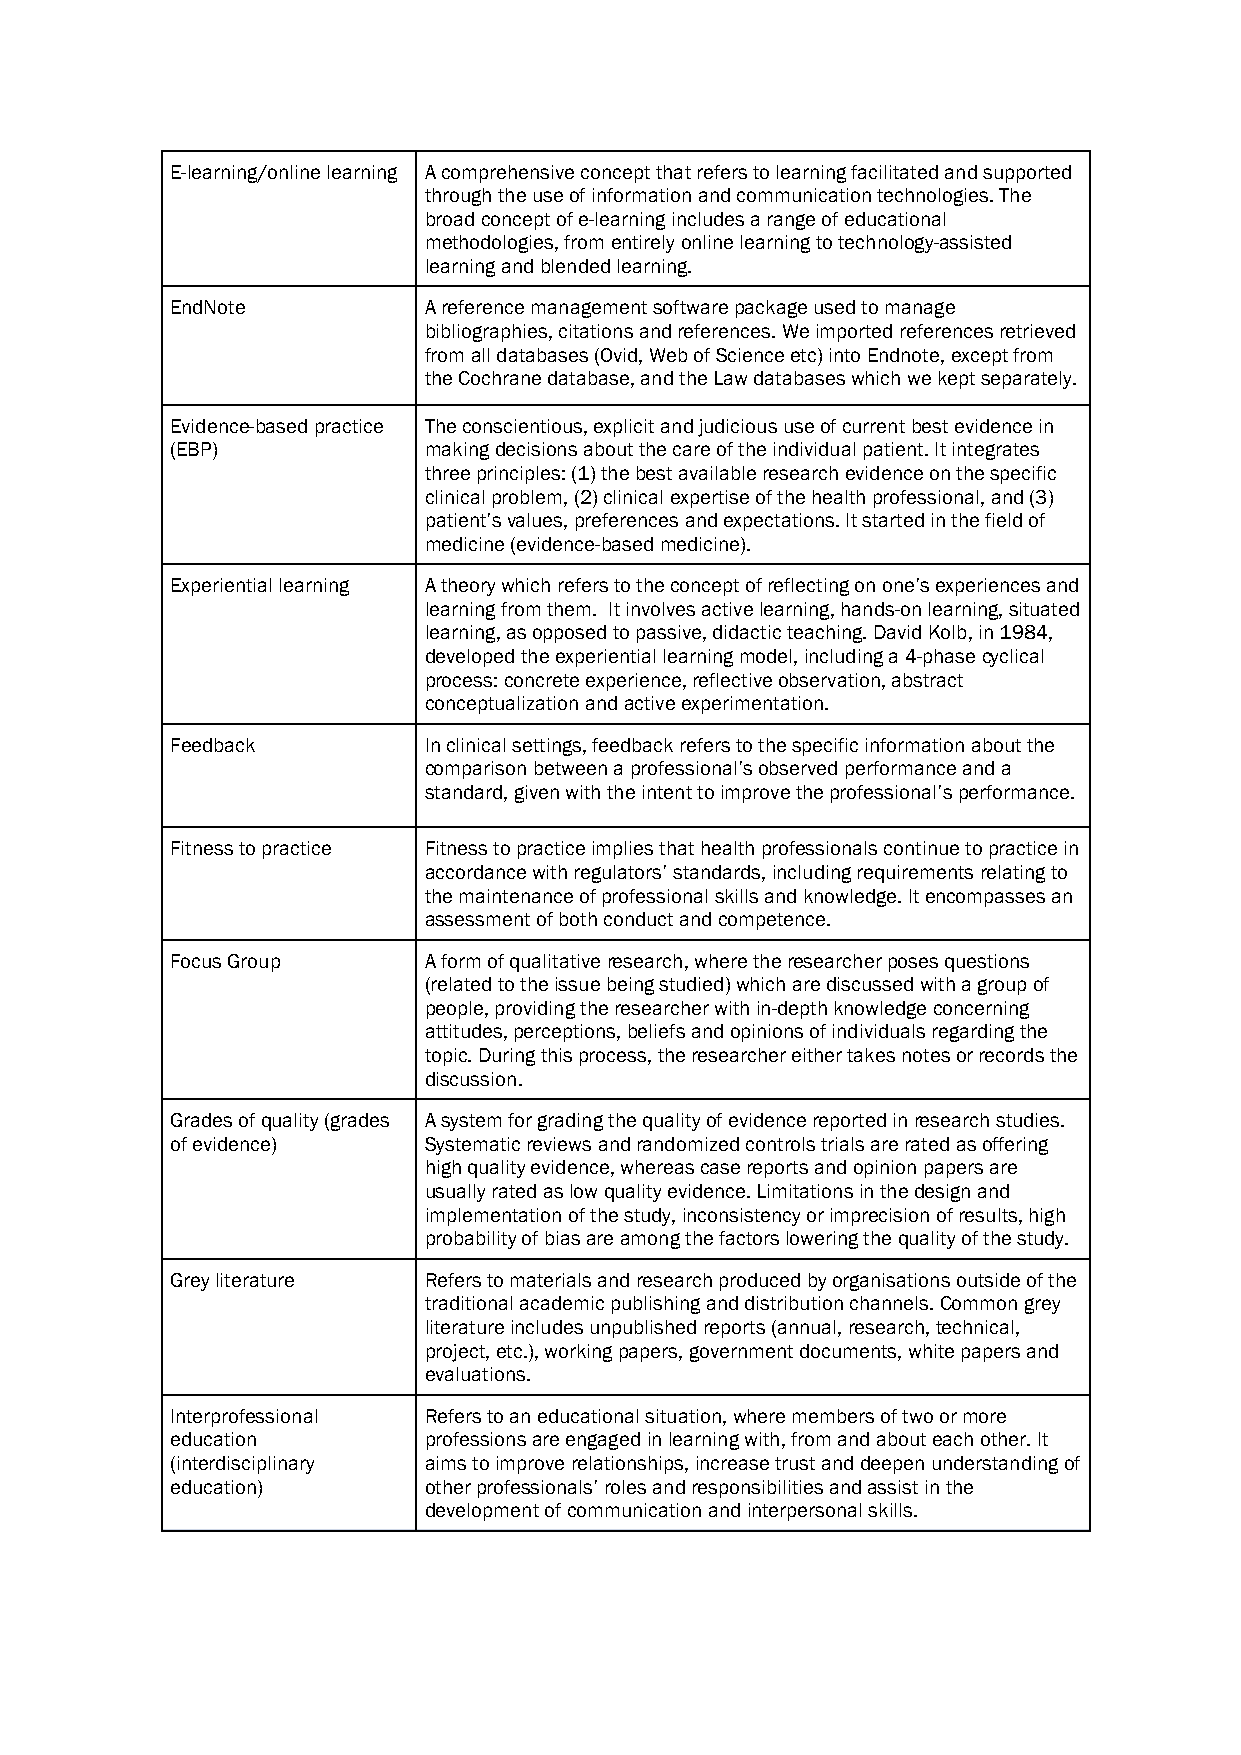
E-learning/online learning A comprehensive concept that refers to learning facilitated and supported
 through the use of information and communication technologies. The
 broad concept of e-learning includes a range of educational
 methodologies, from entirely online learning to technology-assisted
 learning and blended learning.
 EndNote          A reference management software package used to manage
 bibliographies, citations and references. We imported references retrieved
 from all databases (Ovid, Web of Science etc) into Endnote, except from
 the Cochrane database, and the Law databases which we kept separately.
 Evidence-based practice The conscientious, explicit and judicious use of current best evidence in
 (EBP)            making decisions about the care of the individual patient. It integrates
 three principles: (1) the best available research evidence on the specific
 clinical problem, (2) clinical expertise of the health professional, and (3)
 patient’s values, preferences and expectations. It started in the field of
 medicine (evidence-based medicine).
 Experiential learning A theory which refers to the concept of reflecting on one’s experiences and
 learning from them. It involves active learning, hands-on learning, situated
 learning, as opposed to passive, didactic teaching. David Kolb, in 1984,
 developed the experiential learning model, including a 4-phase cyclical
 process: concrete experience, reflective observation, abstract
 conceptualization and active experimentation.
 Feedback         In clinical settings, feedback refers to the specific information about the
 comparison between a professional’s observed performance and a
 standard, given with the intent to improve the professional’s performance.
 Fitness to practice Fitness to practice implies that health professionals continue to practice in
 accordance with regulators’ standards, including requirements relating to
 the maintenance of professional skills and knowledge. It encompasses an
 assessment of both conduct and competence.
 Focus Group      A form of qualitative research, where the researcher poses questions
 (related to the issue being studied) which are discussed with a group of
 people, providing the researcher with in-depth knowledge concerning
 attitudes, perceptions, beliefs and opinions of individuals regarding the
 topic. During this process, the researcher either takes notes or records the
 discussion.
 Grades of quality (grades A system for grading the quality of evidence reported in research studies.
 of evidence)     Systematic reviews and randomized controls trials are rated as offering
 high quality evidence, whereas case reports and opinion papers are
 usually rated as low quality evidence. Limitations in the design and
 implementation of the study, inconsistency or imprecision of results, high
 probability of bias are among the factors lowering the quality of the study.
 Grey literature  Refers to materials and research produced by organisations outside of the
 traditional academic publishing and distribution channels. Common grey
 literature includes unpublished reports (annual, research, technical,
 project, etc.), working papers, government documents, white papers and
 evaluations.
 Interprofessional Refers to an educational situation, where members of two or more
 education        professions are engaged in learning with, from and about each other. It
 (interdisciplinary aims to improve relationships, increase trust and deepen understanding of
 education)       other professionals’ roles and responsibilities and assist in the
 development of communication and interpersonal skills.